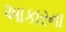
અાકારના